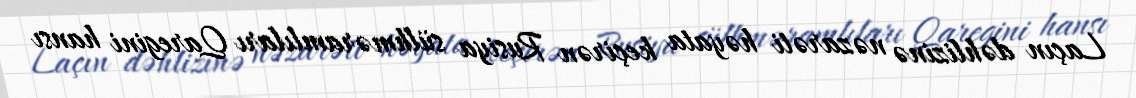
Laçın dəhlizinə nəzarəti həyata keçirən Rusiya sülhməramlıları Qaregini hansı